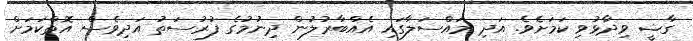
ގާޟީ ވިދާޅުވި ކަމަށެވެ. އަދި މައްސަލާގައި އެއްބާރުލުން ދިނުމުގެ ފުރުސަތު އަދިވެސް އޮތްކަމަށް